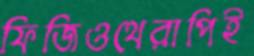
ফিজিওথেরাপিই